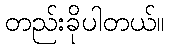
တည်းခိုပါတယ်။